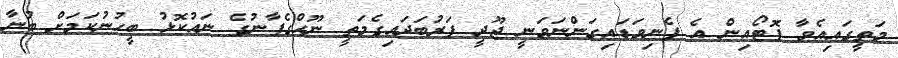
މަތީގައިއެވާ ފޮޓޯއިން އެ ފެނިވަޑައިގަންނަވަނީ ޖޫދީ ފަރުބަދައިގެމަތީ ނޫޙްގެފާނުގެ ނައުކޮޅު ބީހުނުކަމަށް ބުނާ